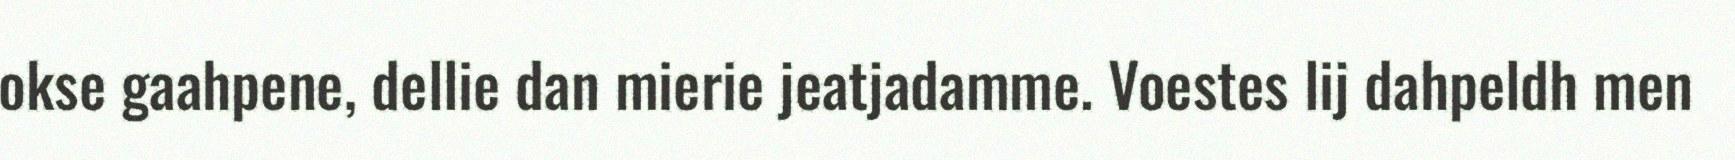
okse gaahpene, dellie dan mierie jeatjadamme. Voestes lij dahpeldh men